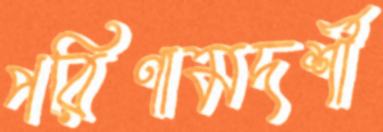
পরিণামদর্শী